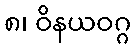
၈၊ ဝိနယဝဂ္ဂ